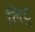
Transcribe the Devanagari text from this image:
लिट्‌